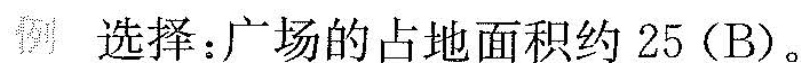
例 选择：广场的占地面积约25(B)。